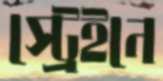
স্ট্রেইনে